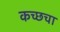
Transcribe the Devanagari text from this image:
कच्छचा